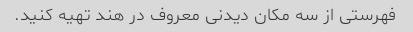
فهرستی از سه مکان دیدنی معروف در هند تهیه کنید.